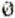
0